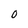
Character: O